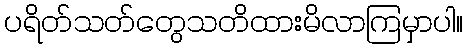
ပရိတ်သတ်တွေသတိထားမိလာကြမှာပါ။